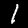
Label: 1